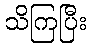
သိကြပြီး